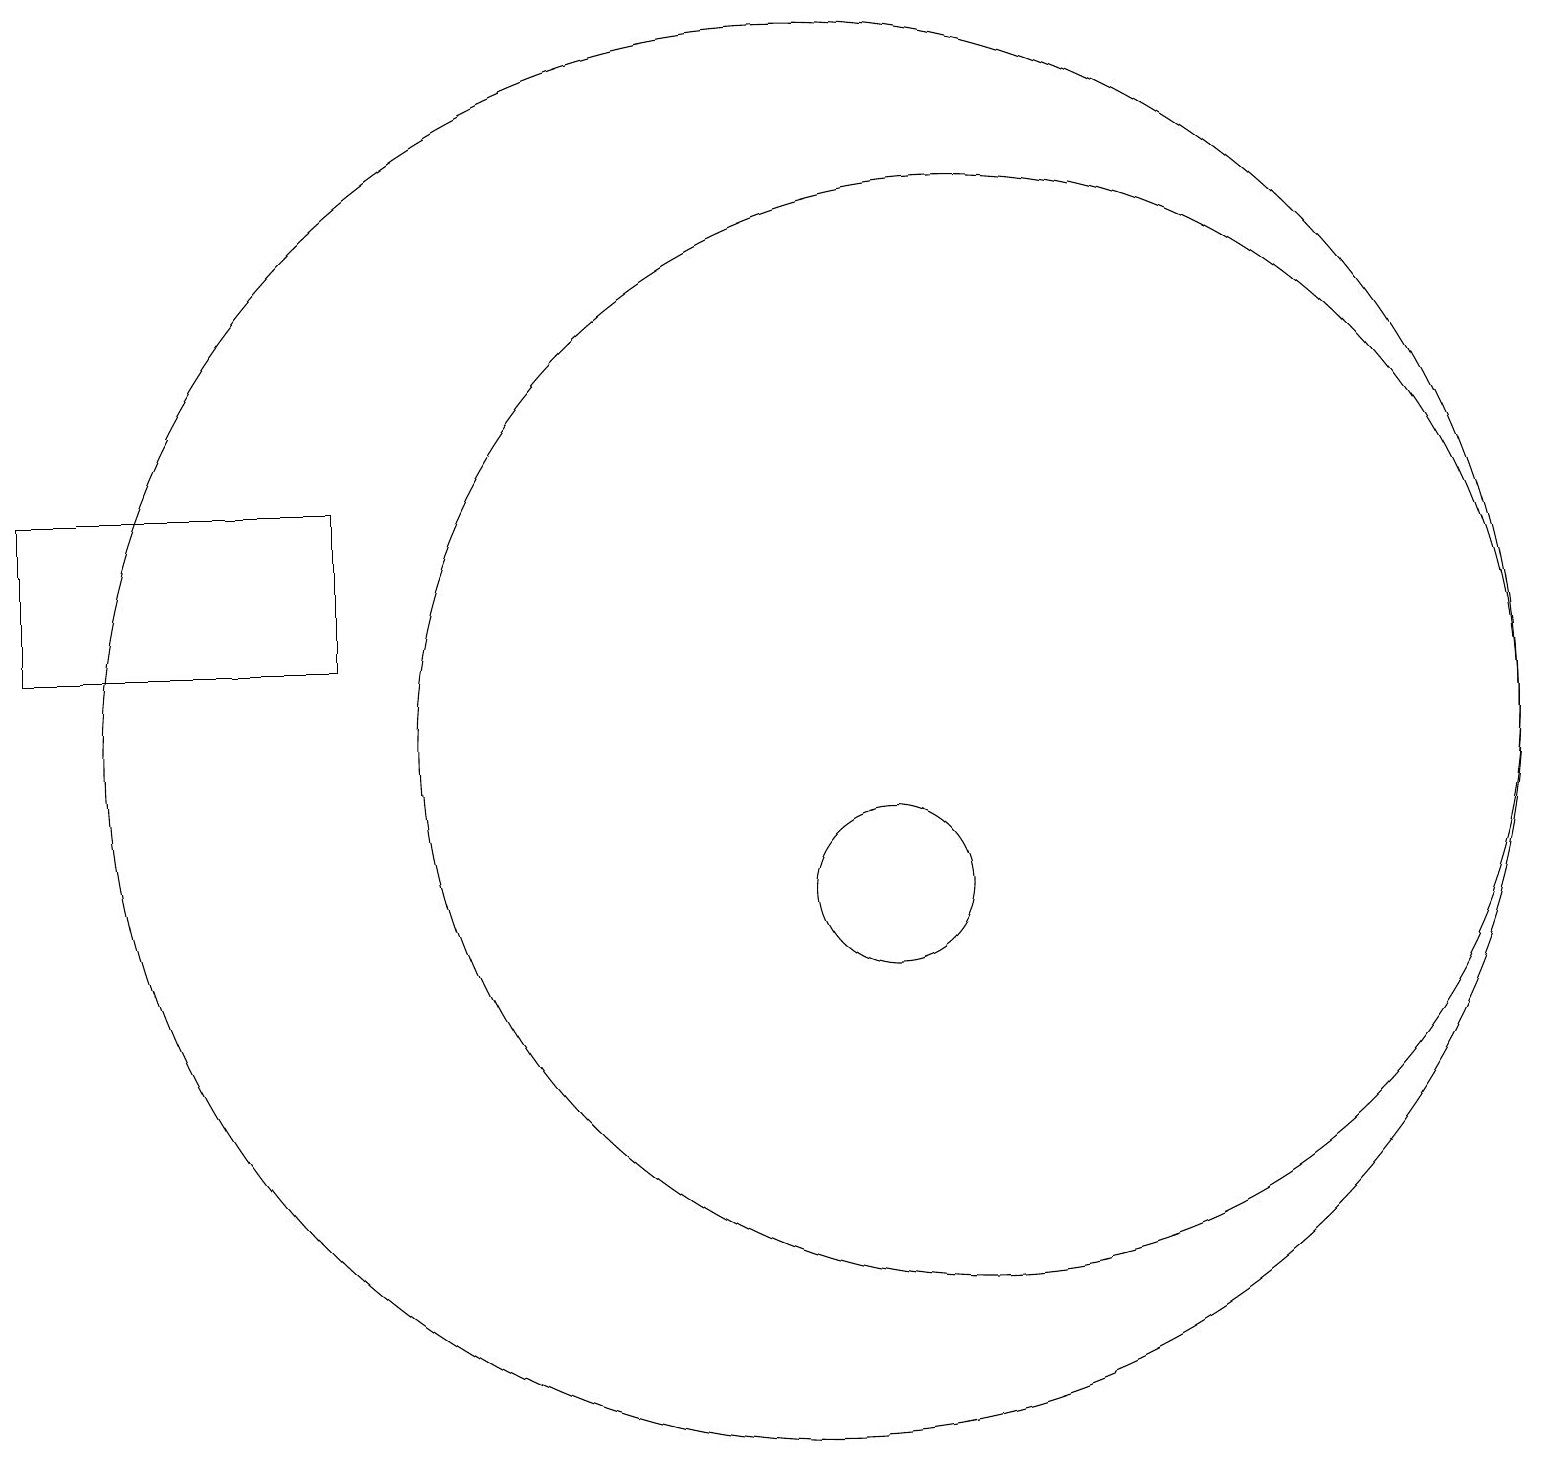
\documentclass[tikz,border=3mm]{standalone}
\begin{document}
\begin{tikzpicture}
\draw (11,10) circle (1);
\draw (10,12) circle (9);
\draw (4,15) rectangle (0,13);
\draw (12,12) circle (7);
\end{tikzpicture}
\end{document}